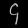
Digit: ၄